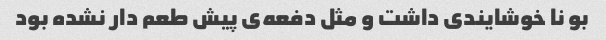
بو نا خوشایندی داشت و مثل دفعه‌ی پیش طعم دار نشده بود